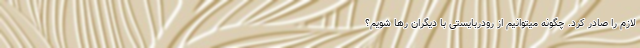
لازم را صادر کرد. چگونه میتوانیم از رودربایستی با دیگران رها شویم؟